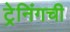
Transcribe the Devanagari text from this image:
ट्रेनिंगची